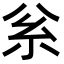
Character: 𥾈